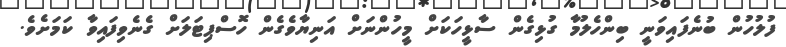
ފުލުހުން ބުނެފައިވަނީ ބިންހެލުމާ ގުޅިގެން ސާޅީހަކަށް މީހުންނަށް އަނިޔާވެގެން ހޮސްޕިޓަލަށް ގެނެވިފައިވާ ކަމަށެވެ.